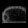
Digit: ၈